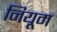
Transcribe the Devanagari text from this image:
नियूम